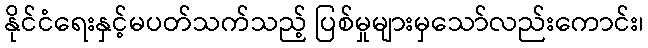
နိုင်ငံရေးနှင့်မပတ်သက်သည့် ပြစ်မှုများမှသော်လည်းကောင်း၊